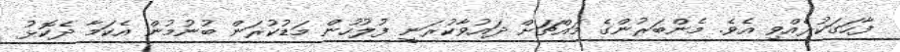
ފާހަގަކުރެއްވި އެވެ. މެންބަރުންގެ މައްޗަށް ދައުވާކުރަނީ ފުލުހުން މަޑުކުރަން ބުނުމުން އެކަމާ ދެކޮޅު